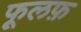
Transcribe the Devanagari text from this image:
फूलफ़